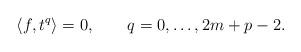
LaTeX: \begin{align*} \langle f,t^{q}\rangle =0,\qquad q=0,\dots, 2m+p-2.\end{align*}